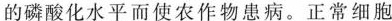
的磷酸化水平而使农作物患病。正常细胞